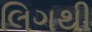
લિગથી